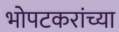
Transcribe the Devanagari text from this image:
भोपटकरांच्या